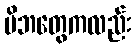
မိဘတွေကလည်း